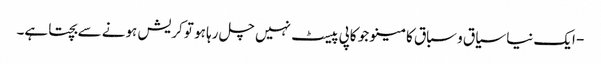
- ایک نیا سیاق و سباق کا مینو جو کاپی پیسٹ نہیں چل رہا ہو تو کریش ہونے سے بچتا ہے۔